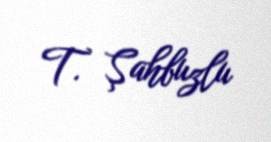
T. Şahbuzlu